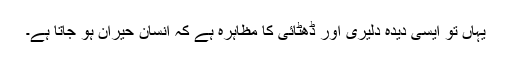
یہاں تو ایسی دیدہ دلیری اور ڈھٹائی کا مظاہرہ ہے کہ انسان حیران ہو جاتا ہے۔